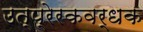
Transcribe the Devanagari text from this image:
उत्प्रेरकवर्धक